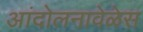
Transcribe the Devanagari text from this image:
आंदोलनावेळेस